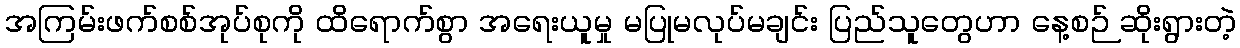
အကြမ်းဖက်စစ်အုပ်စုကို ထိရောက်စွာ အရေးယူမှု မပြုမလုပ်မချင်း ပြည်သူတွေဟာ နေ့စဉ် ဆိုးရွားတဲ့